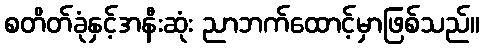
စတိတ်ခုံနှင့်အနီးဆုံး ညာဘက်ထောင့်မှာဖြစ်သည်။